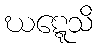
ဃဋ္ဋေသိ